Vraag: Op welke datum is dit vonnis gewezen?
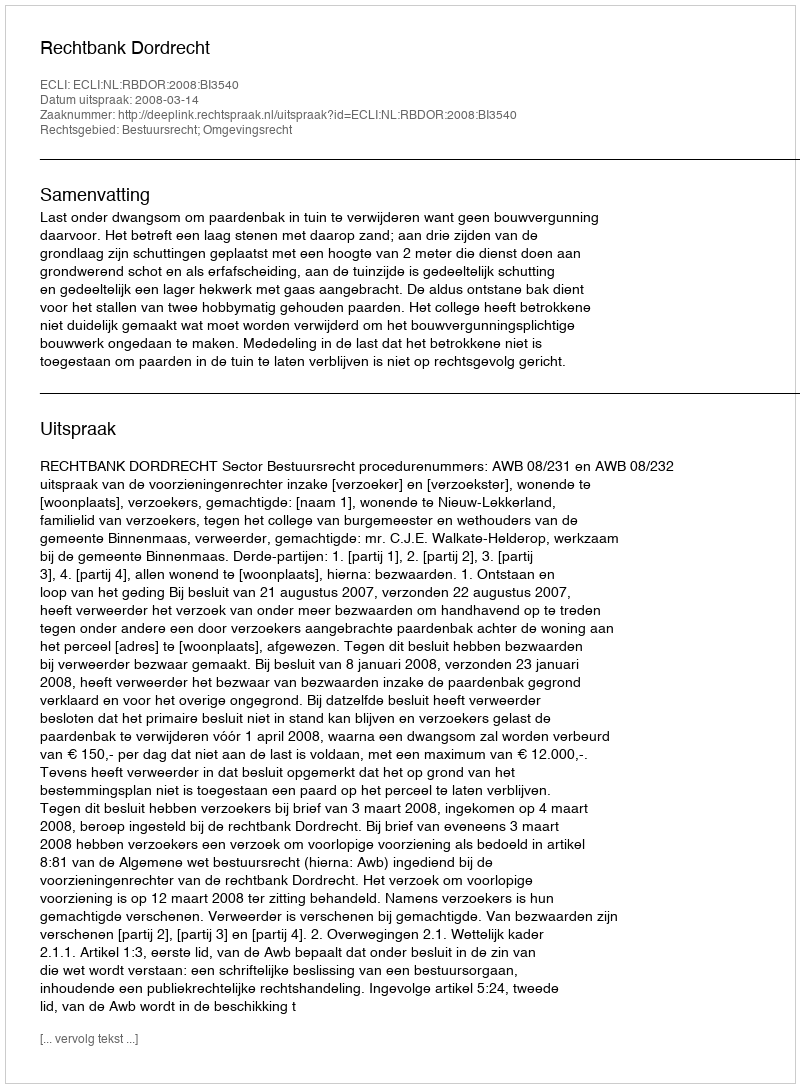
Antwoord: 2008-03-14